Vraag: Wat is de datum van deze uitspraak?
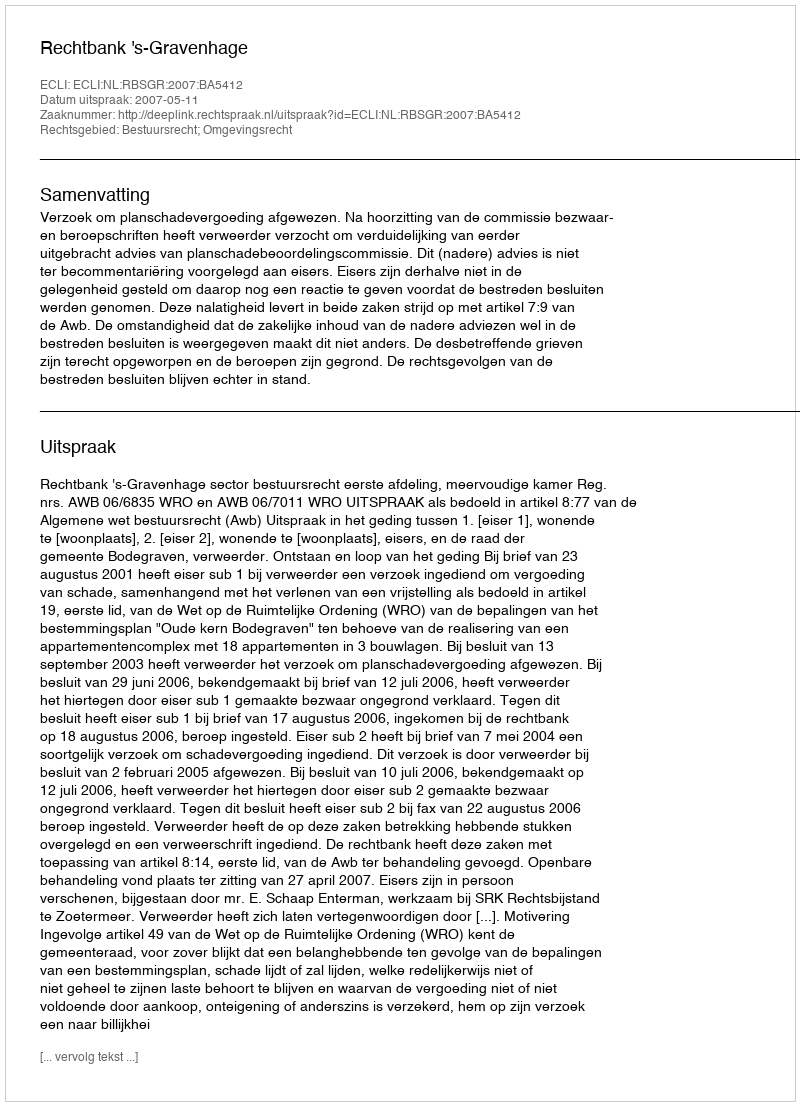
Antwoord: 2007-05-11